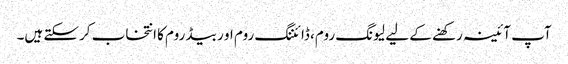
آپ آئینہ رکھنے کے لیے لیونگ روم، ڈائننگ روم او ر بیڈ روم کا انتخاب کرسکتے ہیں۔